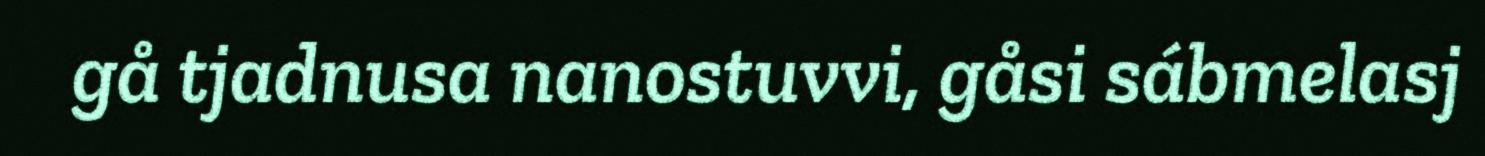
gå tjadnusa nanostuvvi, gåsi sábmelasj